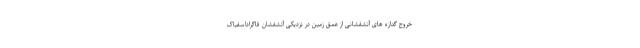
خروج گدازه های آتشفشانی از عمق زمین در نزدیکی آتشفشان فاگراداسفیاک